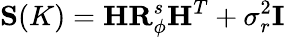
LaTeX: \mathbf{S}(K)=\mathbf{H}\mathbf{R}_{\phi}^{s}\mathbf{H}^{T}+\sigma_{r}^{2}\mathbf{I}